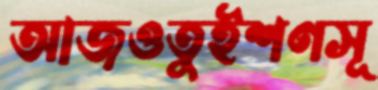
আজওতুইশণসূ